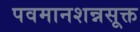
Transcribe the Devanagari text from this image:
पवमानशन्नसूक्त